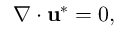
\nabla \cdot \mathbf { u } ^ { * } = 0 ,